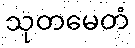
သုတမေတံ